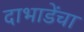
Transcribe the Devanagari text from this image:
दाभाडेंचा